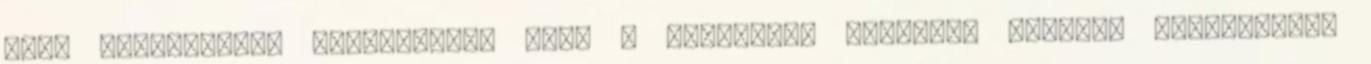
első nagyszabású fesztiválja lesz a Kecskemét főterén. Hatodik alkalommal,